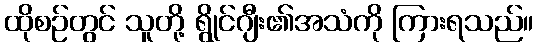
ထိုစဉ်တွင် သူတို့ ရွိုင်ဂျီး၏အသံကို ကြားရသည်။